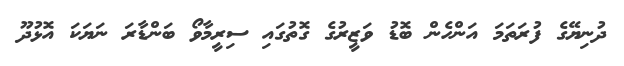
ދުނިޔޭގެ ފުރަތަމަ އަންހެން ބޮޑު ވަޒީރުގެ ގޮތުގައި ސިރީމާވޯ ބަންޑާރަ ނަޔަކަ އޮޅުދޫ